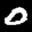
Label: 0